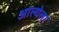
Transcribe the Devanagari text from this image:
आल्येला